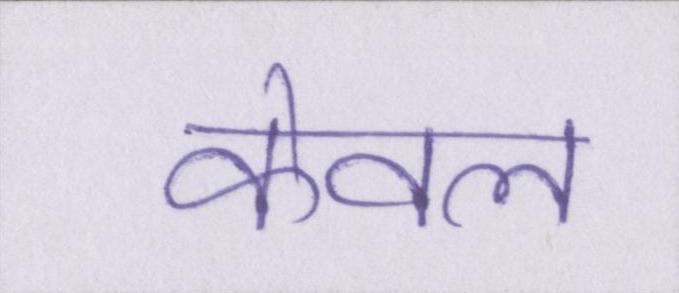
केवल